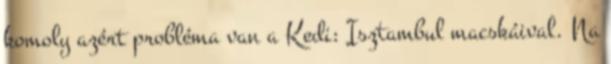
komoly azért probléma van a Kedi: Isztambul macskáival. Na